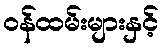
ဝန်ထမ်းများနှင့်